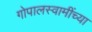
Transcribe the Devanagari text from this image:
गोपालस्वामींच्या